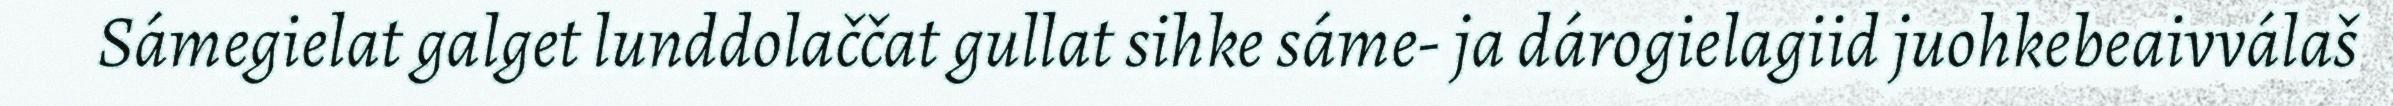
Sámegielat galget lunddolaččat gullat sihke sáme- ja dárogielagiid juohkebeaivválaš